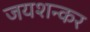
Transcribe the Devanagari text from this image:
जयशन्कर